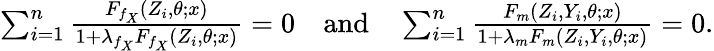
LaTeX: \begin{array}{r}{\sum_{i=1}^{n}\frac{F_{f_{X}}(Z_{i},\theta;x)}{1+\lambda_{f_{X}}F_{f_{X}}(Z_{i},\theta;x)}=0\quad\mathrm{and}\quad\sum_{i=1}^{n}\frac{F_{m}(Z_{i},Y_{i},\theta;x)}{1+\lambda_{m}F_{m}(Z_{i},Y_{i},\theta;x)}=0.}\end{array}